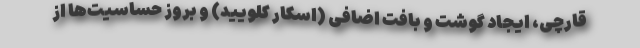
قارچی، ایجاد گوشت و بافت اضافی (اسکار کلویید) و بروز حساسیت‌ها از